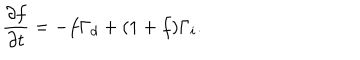
\frac { \partial f } { \partial t } = - f \Gamma _ { d } + ( 1 + f ) \Gamma _ { i } .